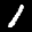
Label: 1